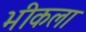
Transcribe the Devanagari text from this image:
भीकला